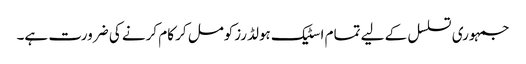
جمہوری تسلسل کے لیے تمام اسٹیک ہولڈرزکومل کر کام کرنے کی ضرورت ہے۔